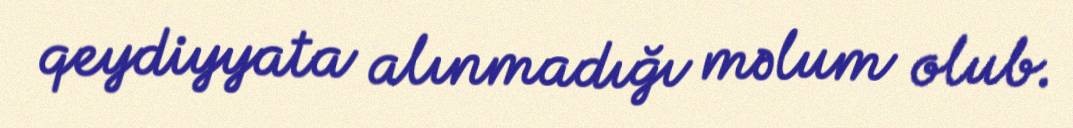
qeydiyyata alınmadığı məlum olub.